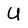
Character: U